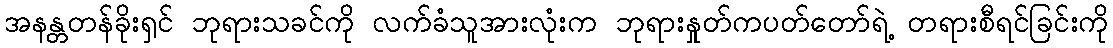
အနန္တတန်ခိုးရှင် ဘုရားသခင်ကို လက်ခံသူအားလုံးက ဘုရားနှုတ်ကပတ်တော်ရဲ့ တရားစီရင်ခြင်းကို